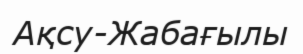
Ақсу-Жабағылы